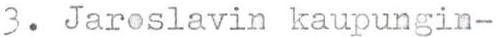
3. Jaroslavin kaupungin-